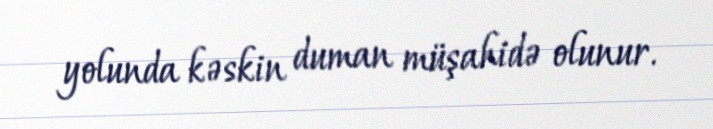
yolunda kəskin duman müşahidə olunur.